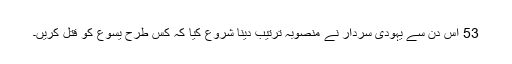
53 اس دن سے یہودی سردار نے منصوبہ ترتیب دینا شروع کیا کہ کس طرح یسوع کو قتل کریں۔